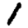
Digit: 1